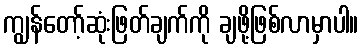
ကျွန်တော့်ဆုံးဖြတ်ချက်ကို ချဖို့ဖြစ်လာမှာပါ။